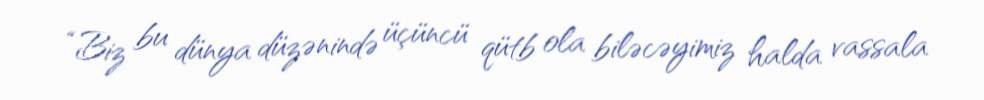
“Biz bu dünya düzənində üçüncü qütb ola biləcəyimiz halda vassala